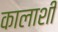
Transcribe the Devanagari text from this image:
कालाशी